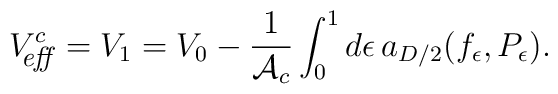
V^c_{\hbox{\footnotesize\it \hspace{-6pt} eff\,}}=V_{1}=V_0-{1\over {\cal A}_c}\int_0^1        d\epsilon\, a_{D/2}(f_\epsilon,P_{\epsilon}).